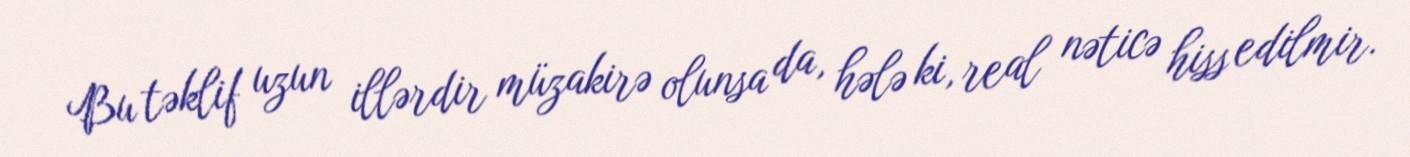
Bu təklif uzun illərdir müzakirə olunsa da, hələ ki, real nəticə hiss edilmir.